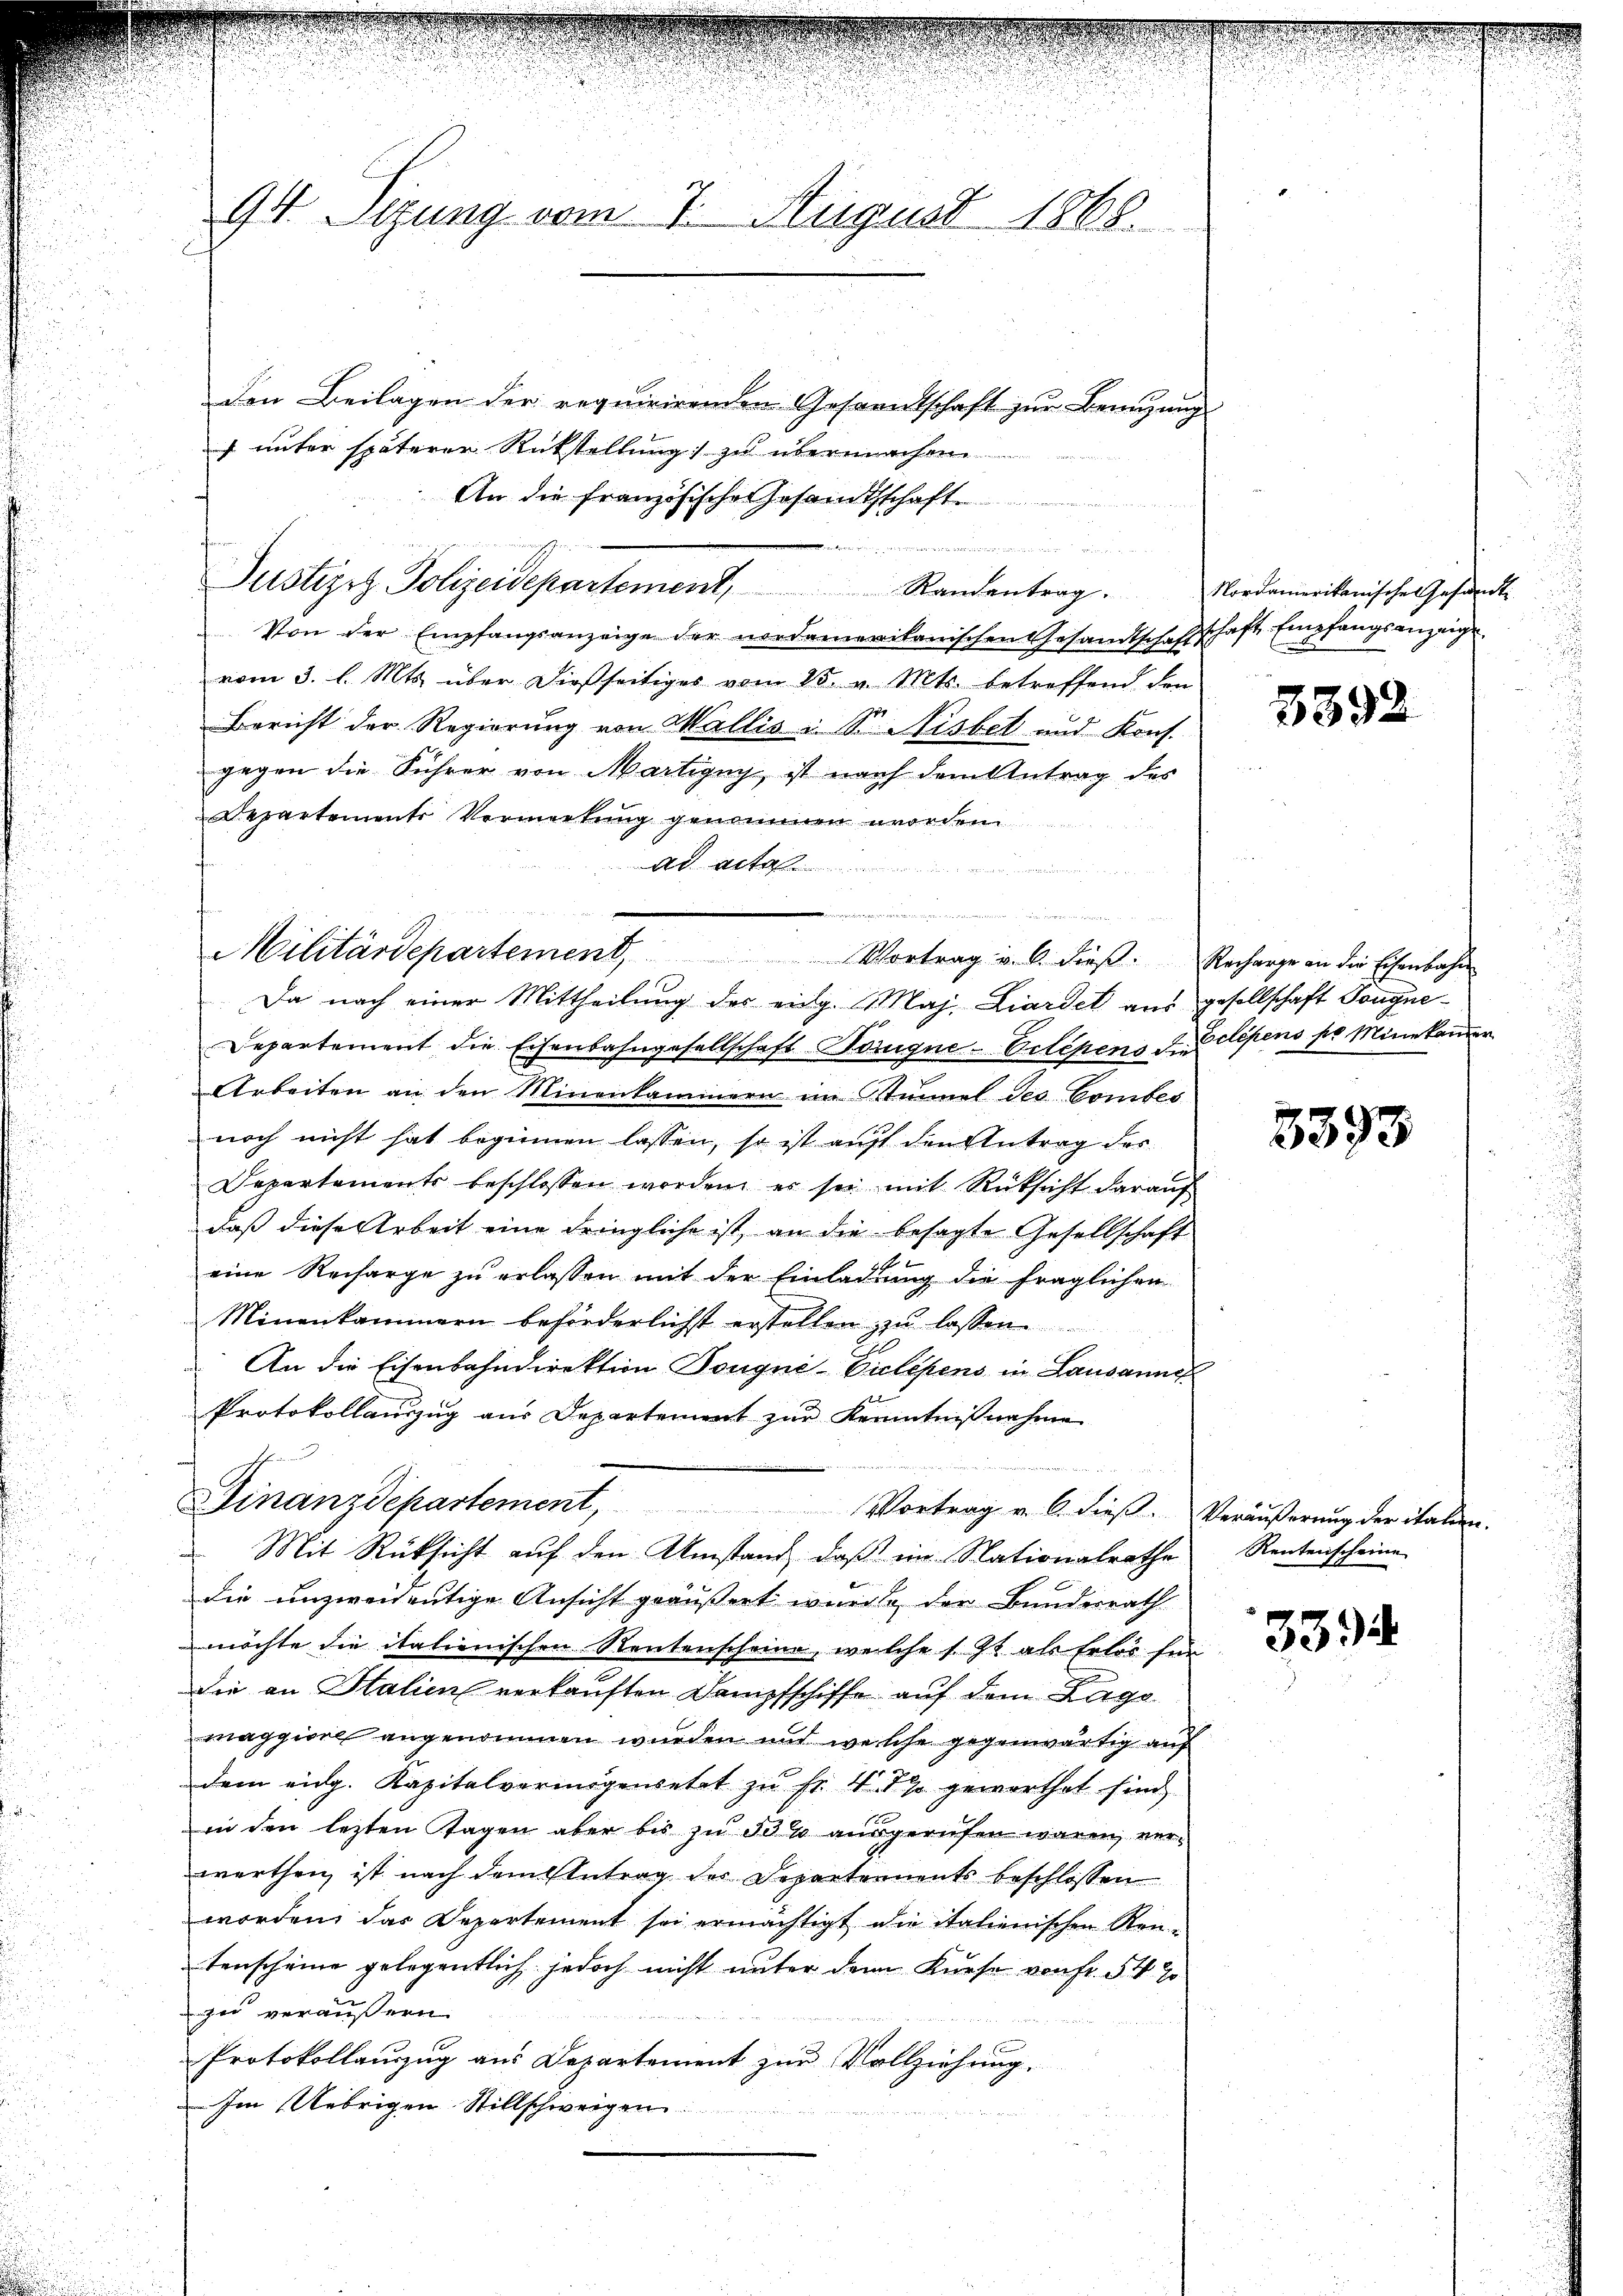
94. Sitzung vom 7. August 1868.

Ad.
u

MMilitärdepartement, Vortrag u. 6. dieβ.

den Beilagen der requirirenden Gesandtschaft zur Benutzung
f unter späterer Rückstellung) zu übermachen
An die französische Gesandtschaft.
Justizis Polizeidepartement, Randantrag.
f
Von der Empfangsanzeige der nordameritanischen Gesamtschaft.
vom 3. l. Mts. über dießseitiges vom 15. v. Mts. betreffend den
Bericht der Regierung von Wallis u Sr. Nisbet und Kons.
gegen die Führer von Martigny, ist nach dem Antrag des
Departements Vermerkung genommen worden
Da nach einer Mittheilung der eidg. Maj Liardet aus gesellschaft Tongne¬
Departement die Eisenbahngesellschaft Domigne-Eilépens A. Stipens per Mine kandien
Arbeiten an den Minenkammern im Stimel des. Comtes
noch nicht hat beginnen lassen, so ist auf den Antrag des
Departements beschlossen worden, er sei mit Rücksicht darauf
daß diese Arbeit eine dringliche ist, an die besagte Gesellschaft
eine Recharge zu erlassen mit der Einladung die fraglichen
Minenkammern beförderlichst erstellen zu lassen.
An die Eisenbahndirektion Dougne- Vielesens in Lausanne
Protokollauszug aus Departement zŭr Kenntniβnahme

Finanzdepartement Vortrag u. 6. dieβ.
Mit Rücksicht auf den Umstand, daß im Nationalrathe
die unzweideutige Ansicht geäußert wurde der Bundesrath
möchte die italienischen Rentenscheine, welche s. Zt. als Erlös für
Die an Stalien verkauften Dampfschiffe auf dem Lage
maggiore angenommen wurden und welche gegenwärtig auf
dem eidg. Kapitalvermögensetzt zu fr. V 1 % geworthet sind
in den lezten Tagen aber bis zu 55 % ausgerufen waren, verwerthen, ist nach dem Antrag der Departements beschlossen
worden, das Departement sei ermächtigt die italienischen Rentenscheine gelegentlich jedoch nicht unter den Kurse von Fr. 547
zu veräußern.
Protokollauszug aus Departement zur Vollziehung.
Im Uebrigen Stillschweigen

Nordamerikanische Gesandt.
dschaft Empfangsanzeige

3392

Recharge an die Eisenbahn

3393

Veräußerung der italien.
Rentenscheine

3394